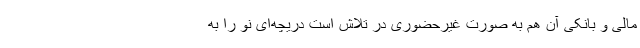
مالی و بانکی آن هم به صورت غیرحضوری در تلاش است دریچه‌ای نو را به